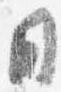
日